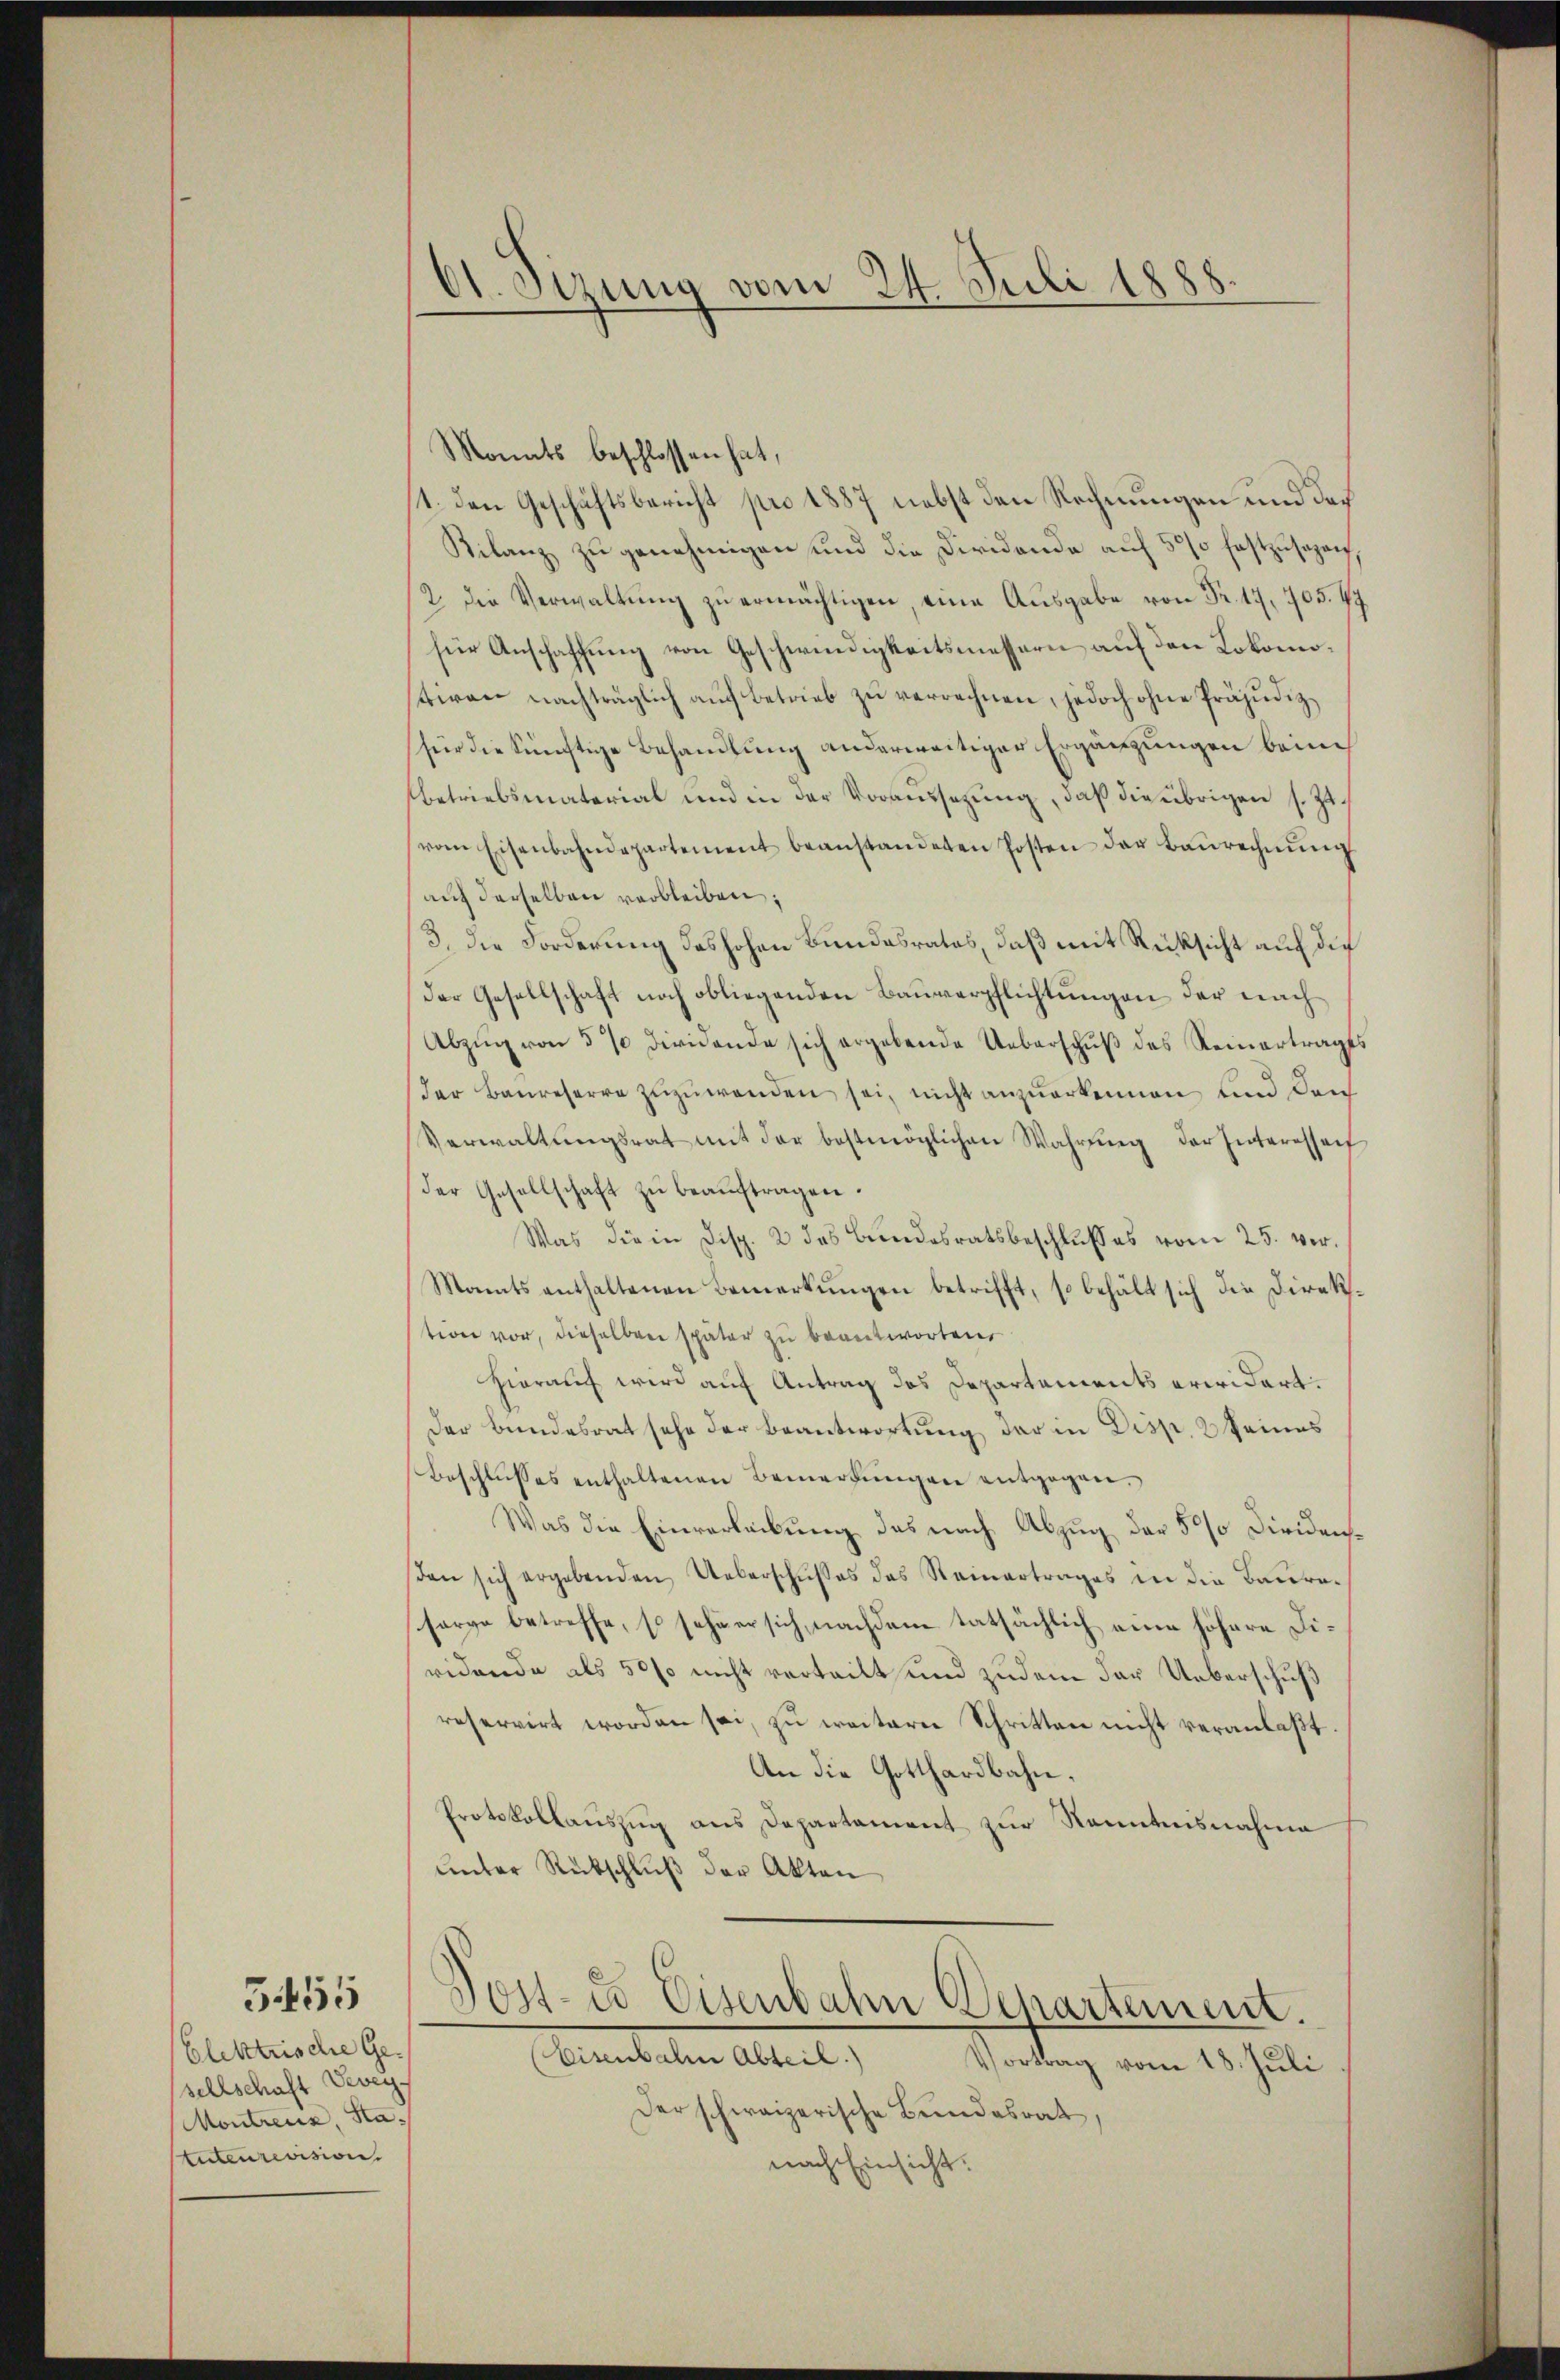
5455

Elektrische Gesellschaft Vevey
Montreuz Ha
tuteurevision.

61. Sizung vom 24. Juli 1888.

Monats beschlossen hat,
1. den Geschäftsbericht pro 1887 nebst den Rechnungen und das
Kilanz zu genehmigen und die Diridende auf 500 festzusagen,
12. die Verwaltŭng zŭ ermächtigen eine Ausgabe von Fr. 17, 705. 47
für Anschaffung von Geschwindigkeitsmessern auf den Lokomostiren nachträglich auf betrieb zu verrechnen, jedoch ohne Präjudiz
für die künftige Behandlung anderweitiger Ergänzungen beim
betriebsmaterial und in der Voraussezung, daß die übrigen s. Zuvom Eisenbahndepartement beanstandeten Posten der Baŭrechnŭng
auf derselben verbleiben,
3. die Forderung deshohen Bundesrates, daß mit Rücksicht auf die
der Gesellschaft noch obliegenden Bauverpflichtungen der nach
Abzŭg von 5% dividende sich ergebende Ueberschuß des Steinertrages
Der Baŭreserre zŭzŭwenden sei, nicht anzŭerkennen und Leich
Verwaltŭngsrat mit der bestmöglichen Wahrŭng der Interesse
der Gesellschaft zu beauftragen.
Was die in Disp. 2 das Bundesratsbeschlußes vom 25. ver¬
Mants enthaltenen Bemerkungen betrifft, so behält sich die Direktion vor, dieselben später zu beantworten
hierauf wird auf Antrag des Departements erwidert.
Der Bundesrat sehe der Beantwortung der in Disp. 2 keines
Beschlŭsses enthaltenen Bemerkŭngen entgegen.
Was die Einverleibung das nach Abzug der 50% Dividensden sich ergebenden Ueberschußes des Reinertrages in die Bauresorge betreffe, so sehe er sich, nachdem tatsächlich eine höhere Diridende als 50 so nicht verteilt und zudem der Ueberschuß
reservirt worden sei, zu weitere Schritten nicht veranlaßt
An die Gotthardbahn.
Protokollauszug aus Departament zur Kenntnisnahme
unter Rückschluß der Akten
Post-Co Eisenbahn Departement.
Eisenbahn Abteil)
Vortrag vom 18. Juli
Der schweizerische Bundesrat,
nach Einsicht.